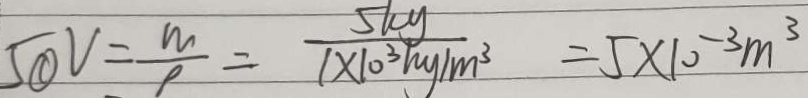
5 \textcircled { 1 } V = \frac { m } { P } = \frac { 5 k y } { 1 \times 1 0 ^ { 3 } h g / m ^ { 3 } } = 5 \times 1 0 ^ { - 3 } m ^ { 3 }